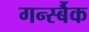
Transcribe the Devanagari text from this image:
गर्न्स्बैक